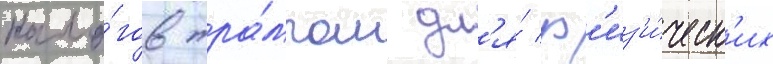
нало́гов тра́мпом дл'я́ ф'из'и́ческ'их